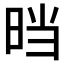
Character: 𰖂